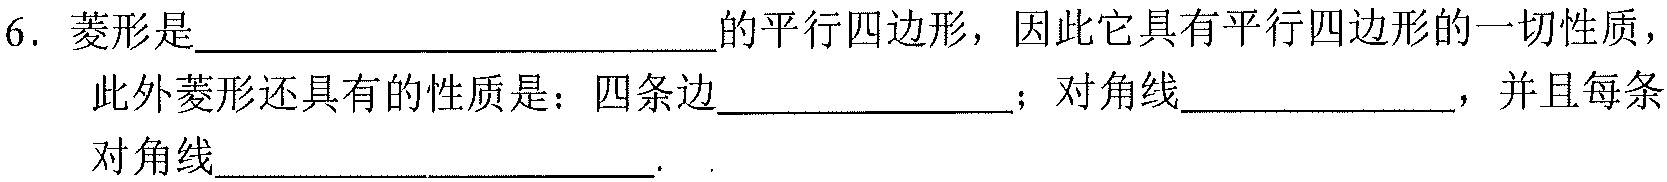
6. 菱形是_________________________的平行四边形，因此它具有平行四边形的一切性质，此外菱形还具有的性质是：四条边_______________；对角线_______________，并且每条对角线____________________.